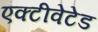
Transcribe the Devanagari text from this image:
एक्टीवेटेड